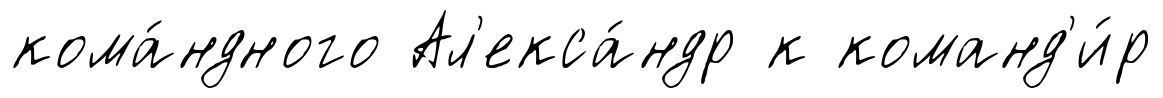
кома́ндного Ал'екса́ндр к команд'и́р